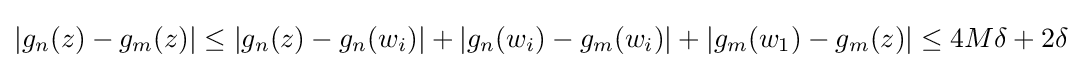
|g_{n}(z)-g_{m}(z)|\leq |g_{n}(z)-g_{n}(w_{i})|+|g_{n}(w_{i})-g_{m}(w_{i})|+|g_{m}(w_{1})-g_{m}(z)|\leq 4M\delta +2\delta